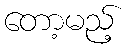
တော့မည့်